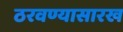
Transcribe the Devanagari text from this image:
ठरवण्यासारख